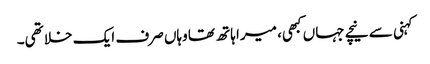
کہنی سے نیچے جہاں کبھی، میرا ہاتھ تھا وہاں صرف ایک خلا تھی۔